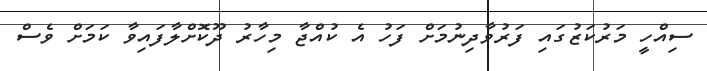
ސިއްހީ މަރުކަޒުގައި ފަރުވާދިނުމަށް ފަހު އެ ކުއްޖާ މިހާރު ދޫކޮށްލާފައިވާ ކަމަށް ވެސް